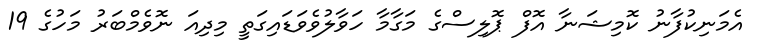
އެމަނިކުފާނު ކޮމިޝަނާ އޮފް ޕޮލިސްގެ މަގާމާ ހަވާލުވެވަޑައިގަތީ މިދިއަ ނޮވެމްބަރު މަހުގެ 19